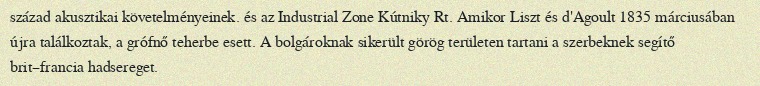
század akusztikai követelményeinek. és az Industrial Zone Kútniky Rt. Amikor Liszt és d'Agoult 1835 márciusában újra találkoztak, a grófnő teherbe esett. A bolgároknak sikerült görög területen tartani a szerbeknek segítő brit–francia hadsereget.